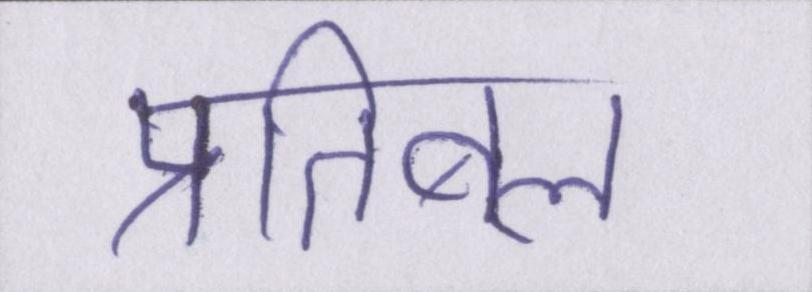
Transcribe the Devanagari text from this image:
प्रतिबल